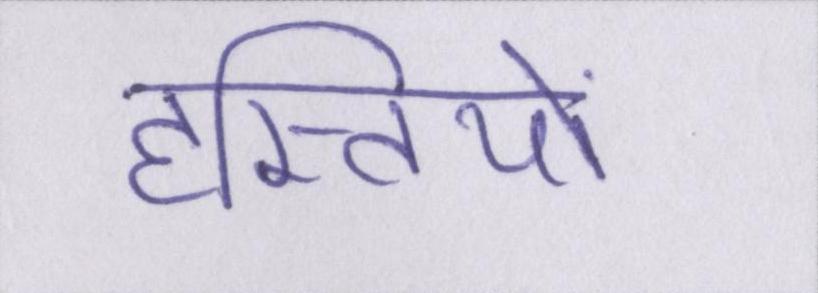
हस्तियों